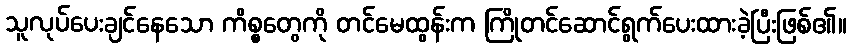
သူလုပ်ပေးချင်နေသော ကိစ္စတွေကို တင်မေထွန်းက ကြိုတင်ဆောင်ရွက်ပေးထားခဲ့ပြီးဖြစ်၏။